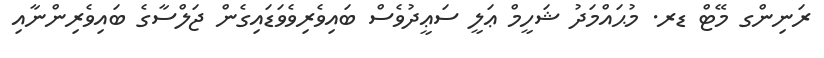
ރަނިންގ މޭޓް ޑރ. މުޙައްމަދު ޝަހީމް ޢަލީ ސަޢީދުވެސް ބައިވެރިވެވަޑައިގެން ޖަލްސާގެ ބައިވެރިންނާއި